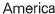
America